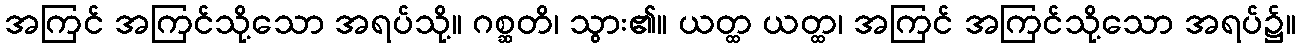
အကြင် အကြင်သို့သော အရပ်သို့။ ဂစ္ဆတိ၊ သွား၏။ ယတ္ထ ယတ္ထ၊ အကြင် အကြင်သို့သော အရပ်၌။